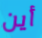
أين